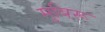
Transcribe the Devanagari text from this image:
मुबिरू